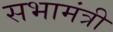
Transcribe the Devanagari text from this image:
सभामंत्री